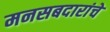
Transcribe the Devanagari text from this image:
मनसबदारांचे